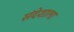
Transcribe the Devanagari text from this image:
संदेशाला